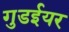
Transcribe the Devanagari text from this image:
गुडईयर